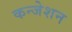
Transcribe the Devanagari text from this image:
कन्जेशन